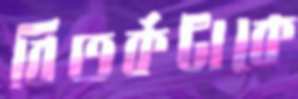
বিতর্কটাকে